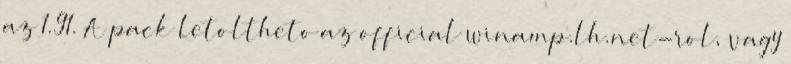
az 1.91. A pack letoltheto az official winamp.lh.net-rol, vagy